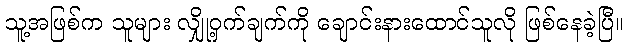
သူ့အဖြစ်က သူများ လျှို့ဝှက်ချက်ကို ချောင်းနားထောင်သူလို ဖြစ်နေခဲ့ပြီ။